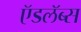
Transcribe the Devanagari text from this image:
ऍडलॅब्स